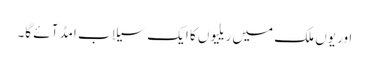
اور یوں ملک میں ریلیوں کا ایک سیلاب امڈ آئے گا۔